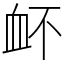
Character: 衃